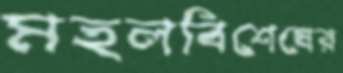
মহলবিশেষের